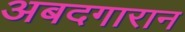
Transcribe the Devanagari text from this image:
अबदगारान